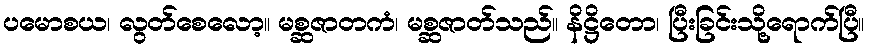
ပမောစယ၊ လွတ်စေလော့။ မစ္ဆဇာတကံ၊ မစ္ဆဇာတ်သည်။ နိဋ္ဌိတော၊ ပြီးခြင်းသို့ရောက်ပြီ။